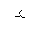
Letter: _hamza